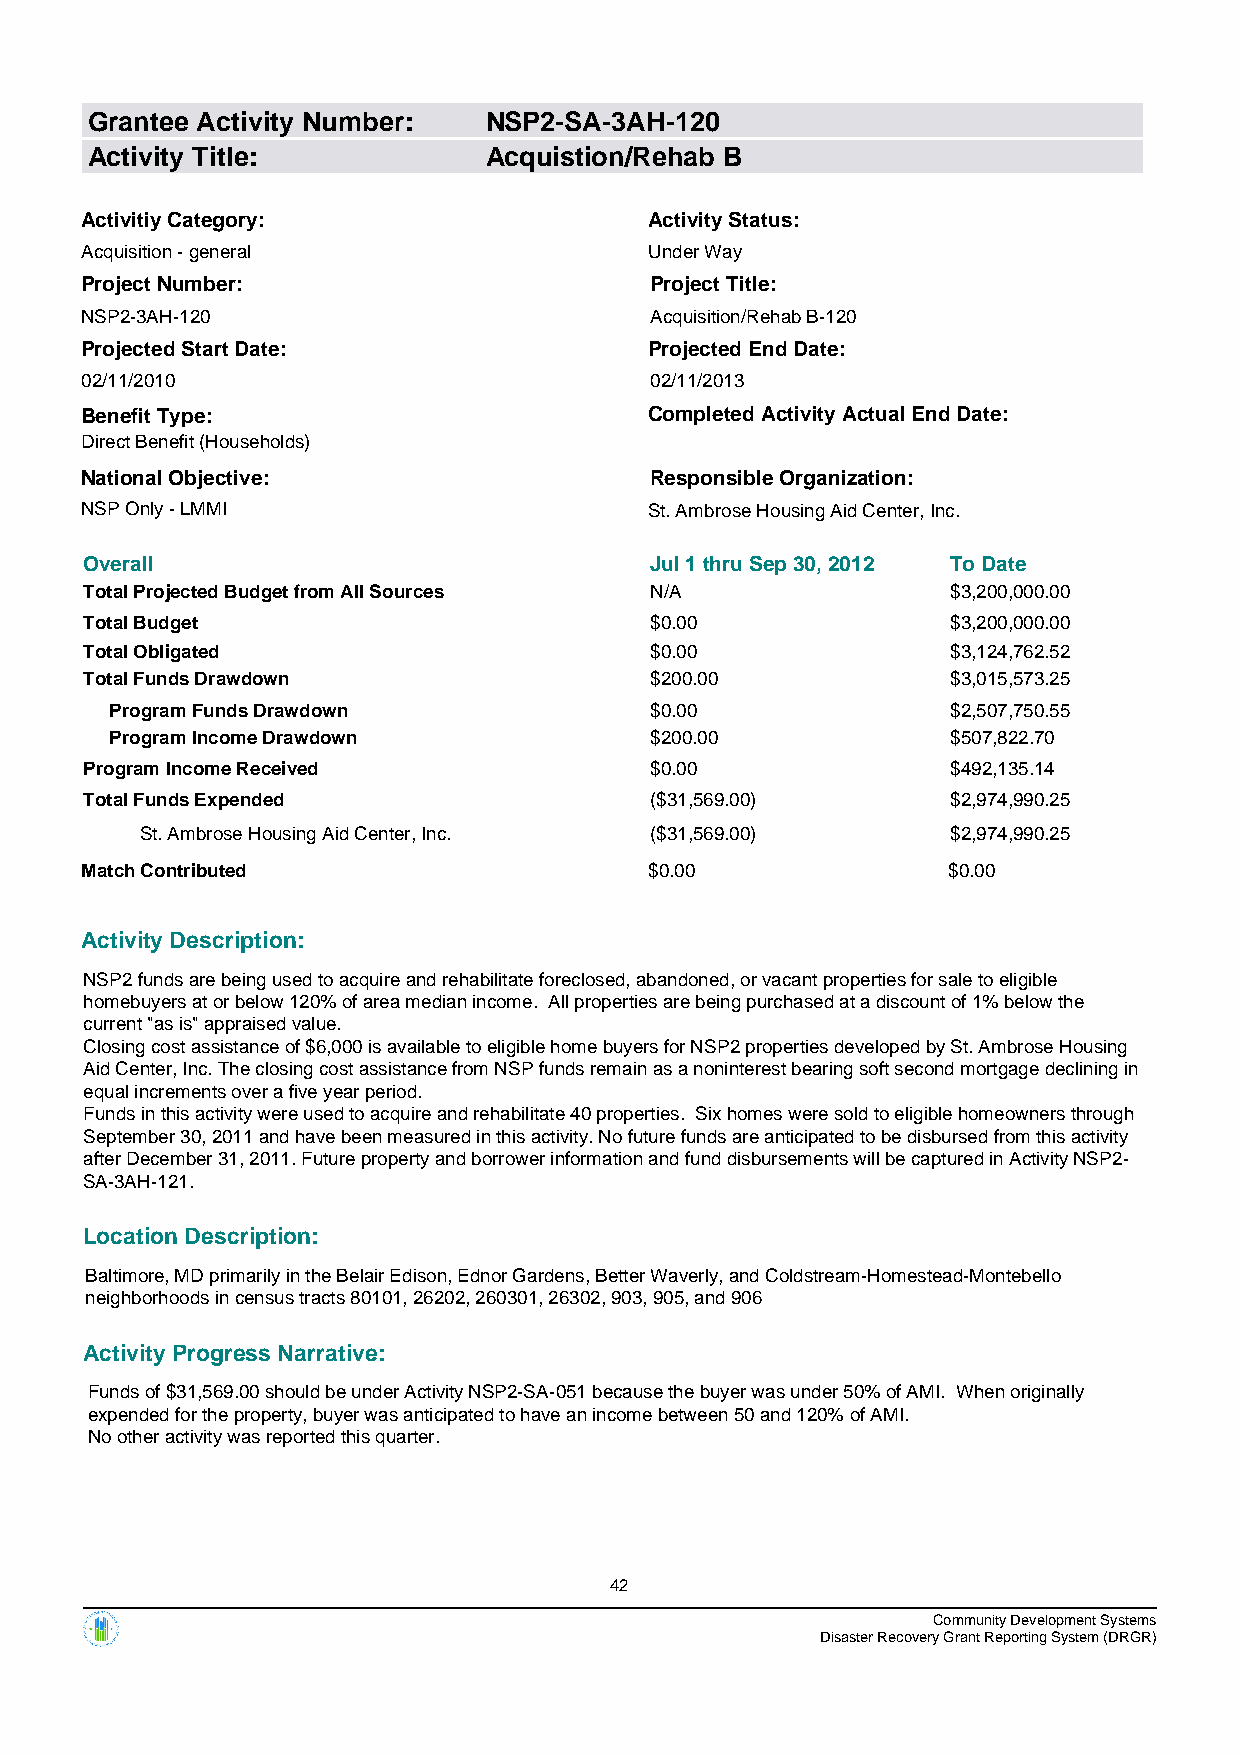
Grantee Activity Number:  NSP2-SA-3AH-120
 Activity Title:           Acquistion/Rehab B
 Activitiy Category:                   Activity Status:
 Acquisition - general                 Under Way
 Project Number:                       Project Title:
 NSP2-3AH-120                          Acquisition/Rehab B-120
 Projected Start Date:                 Projected End Date:
 02/11/2010                            02/11/2013
 Benefit Type:                         Completed Activity Actual End Date:
 Direct Benefit (Households)
 National Objective:                   Responsible Organization:
 NSP Only - LMMI                       St. Ambrose Housing Aid Center, Inc.
 Overall                              Jul 1 thru Sep 30, 2012 To Date
 Total Projected Budget from All Sources N/A              $3,200,000.00
 Total Budget                         $0.00               $3,200,000.00
 Total Obligated                      $0.00               $3,124,762.52
 Total Funds Drawdown                 $200.00             $3,015,573.25
 Program Funds Drawdown              $0.00               $2,507,750.55
 Program Income Drawdown             $200.00             $507,822.70
 Program Income Received              $0.00               $492,135.14
 Total Funds Expended                 ($31,569.00)        $2,974,990.25
 St. Ambrose Housing Aid Center, Inc. ($31,569.00)     $2,974,990.25
 Match Contributed                     $0.00               $0.00
 Activity Description:
 NSP2 funds are being used to acquire and rehabilitate foreclosed, abandoned, or vacant properties for sale to eligible
 homebuyers at or below 120% of area median income. All properties are being purchased at a discount of 1% below the
 current "as is" appraised value.
 Closing cost assistance of $6,000 is available to eligible home buyers for NSP2 properties developed by St. Ambrose Housing
 Aid Center, Inc. The closing cost assistance from NSP funds remain as a noninterest bearing soft second mortgage declining in
 equal increments over a five year period.
 Funds in this activity were used to acquire and rehabilitate 40 properties. Six homes were sold to eligible homeowners through
 September 30, 2011 and have been measured in this activity. No future funds are anticipated to be disbursed from this activity
 after December 31, 2011. Future property and borrower information and fund disbursements will be captured in Activity NSP2-
 SA-3AH-121.
 Location Description:
 Baltimore, MD primarily in the Belair Edison, Ednor Gardens, Better Waverly, and Coldstream-Homestead-Montebello
 neighborhoods in census tracts 80101, 26202, 260301, 26302, 903, 905, and 906
 Activity Progress Narrative:
 Funds of $31,569.00 should be under Activity NSP2-SA-051 because the buyer was under 50% of AMI. When originally
 expended for the property, buyer was anticipated to have an income between 50 and 120% of AMI.
 No other activity was reported this quarter.
 42
 Community Development Systems
 Disaster Recovery Grant Reporting System (DRGR)